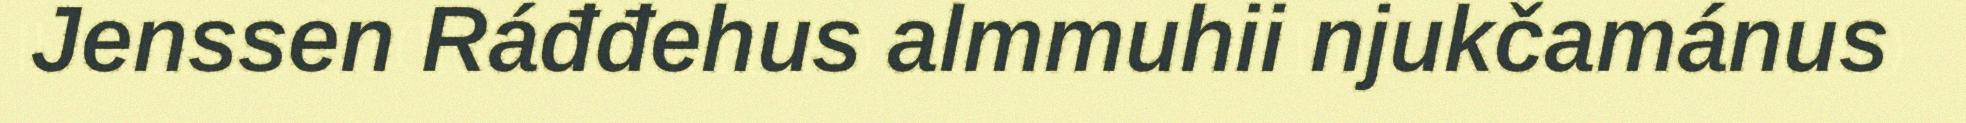
Jenssen Ráđđehus almmuhii njukčamánus